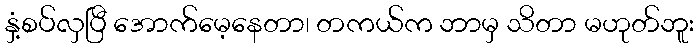
နှံ့စပ်လှပြီ အောက်မေ့နေတာ၊ တကယ်က ဘာမှ သိတာ မဟုတ်ဘူး